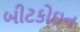
બીટકોઇન